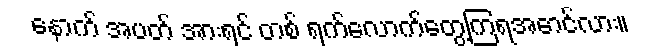
နောက် အပတ် အားရင် တစ် ရက်လောက်တွေ့ကြရအောင်လား။